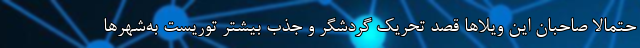
حتمالا صاحبان این ویلاها قصد تحریک گردشگر و جذب بیشتر توریست به‌شهرها